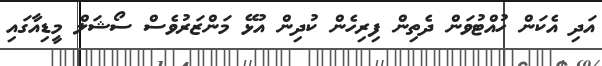
އަދި އެކަން ހުއްޓުވަން ދެތިން ފިރިހެން ކުދިން އުޅޭ މަންޒަރުވެސް ސޯޝަލް މީޑިއާގައި